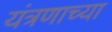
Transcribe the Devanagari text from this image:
यंत्रणाच्या